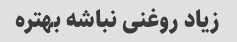
زیاد روغنی نباشه بهتره